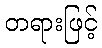
တရားဖြင့်